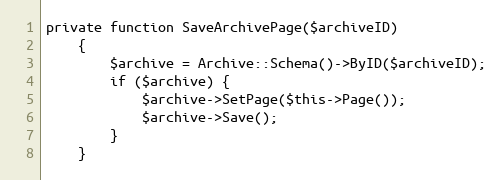
Language: PHP
private function SaveArchivePage($archiveID)
    {
        $archive = Archive::Schema()->ByID($archiveID);
        if ($archive) {
            $archive->SetPage($this->Page());
            $archive->Save();
        }
    }